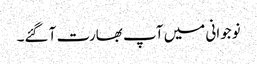
نوجوانی میں آپ بھارت آ گئے۔